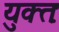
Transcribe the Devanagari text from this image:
युक्‍तः